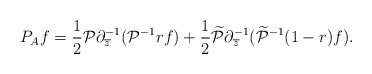
\begin{align*}P_{A}f=\frac 12 \mathcal P\partial^{-1}_{\overline z} (\mathcal P^{-1}rf)+\frac 12\widetilde {\mathcal P}\partial^{-1}_{\overline z} (\widetilde {\mathcal P}^{-1}(1-r)f).\end{align*}